Note on the mental hospitals in Burma - 1925-1940
Year: 1925
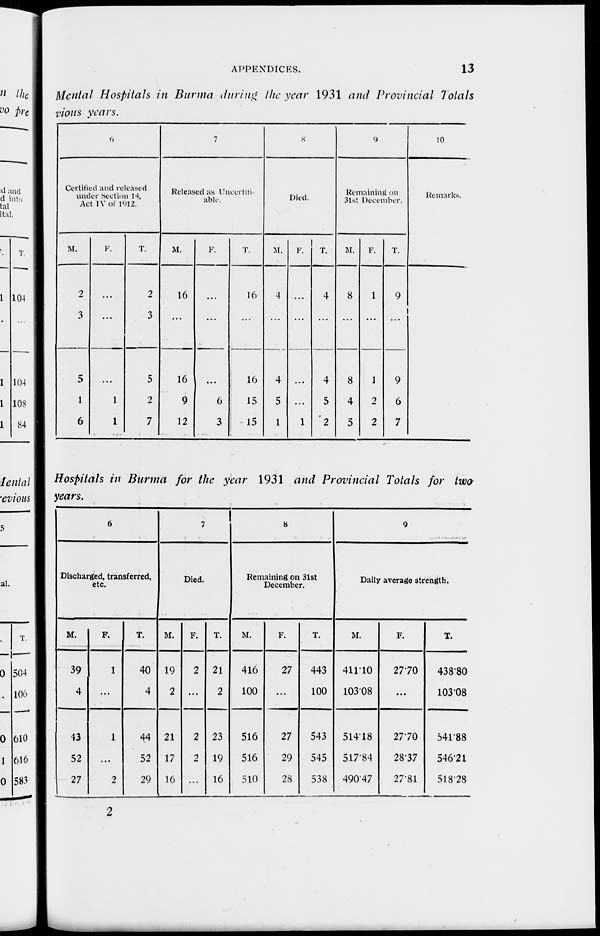
APPENDICES.
13
Mental Hospitals in Burma during the year 1931 and Provincial Totals
vious years.
6
Certified and released
under Section 14,
Act IV of 1912.
M.
2
3
5
1
6
F.
...
...
...
1
1
T.
2
3
5
2
7
7
Released as Unecertifi
able.
M.
16
...
16
9
12
F.
...
...
...
6
3
T.
16
...
16
15
15
8
Died.
M.
4
...
4
5
1
F.
...
...
...
...
1
T.
4
...
4
5
2
9
Remaining on
31st December.
M.
8
...
8
4
5
F.
1
...
1
2
2
T.
9
...
9
6
7
10
Remarks.
Hospitals in Burma for the year 1931 and Provincial Totals for two
years.
6
Discharged, transferred,
etc.
M.
39
4
43
52
27
F.
1
...
1
...
2
T.
40
4
44
52
29
7
Died.
M.
19
2
21
17
16
F.
2
...
2
2
...
T.
21
2
23
19
16
8
Remaining on 31st
December.
M.
416
100
516
516
510
F.
27
...
27
29
28
T.
443
100
543
545
538
9
Daily average strength.
M.
411.10
103.08
514.18
517.84
490.47
F.
27.70
...
27.70
28.37
27.81
T.
438.80
103.08
541.88
546.21
518.78
2